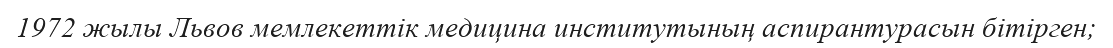
1972 жылы Львов мемлекеттік медицина институтының аспирантурасын бітірген;